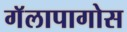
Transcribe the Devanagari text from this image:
गॅलापागोस